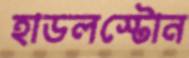
হাডলস্টোন